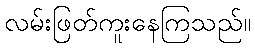
လမ်းဖြတ်ကူးနေကြသည်။